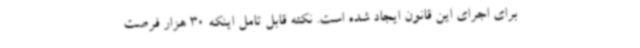
برای اجرای این قانون ایجاد شده است. نکته قابل تامل اینکه 30 هزار فرصت